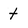
Character: t